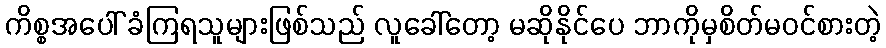
ကိစ္စအပေါ် ခံကြရသူများဖြစ်သည် လူခေါ်တော့ မဆိုနိုင်ပေ ဘာကိုမှစိတ်မဝင်စားတဲ့